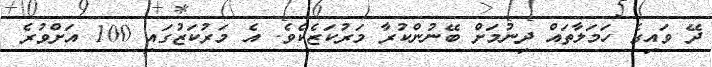
ދޭ ވައިގެ ހަމަލާތައް ދިނުމަށް ބޭނުންކުރާ މަރުކަޒެކެވެ. އެ މަރުކަޒުގައި 100 އަށްވުރެ